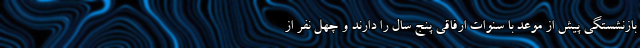
بازنشستگی پیش از موعد با سنوات ارفاقی پنج سال را دارند و چهل نفر از